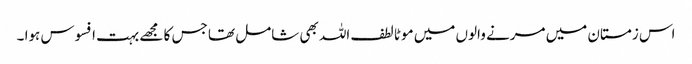
اس زمستان میں مرنے والوں میں موٹا لطف اللہ بھی شامل تھا جس کا مجھے بہت افسوس ہوا ۔